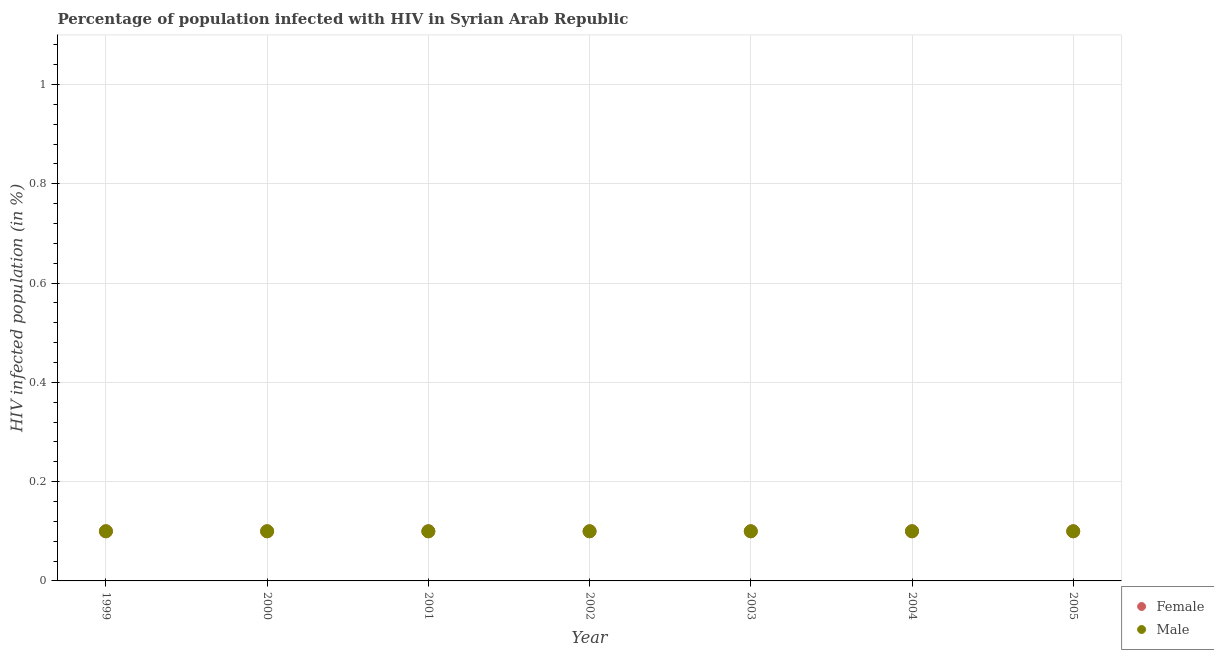
| Year | Female | Male |
 | --- | --- | --- |
 | 1999 | 0.1 | 0.1 |
 | 2000 | 0.1 | 0.1 |
 | 2001 | 0.1 | 0.1 |
 | 2002 | 0.1 | 0.1 |
 | 2003 | 0.1 | 0.1 |
 | 2004 | 0.1 | 0.1 |
 | 2005 | 0.1 | 0.1 |